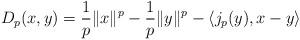
LaTeX: \begin{align*} D_p(x,y) = \frac 1 p \|x\|^p - \frac 1 p \|y\|^p - \langle j_p(y), x-y \rangle \end{align*}